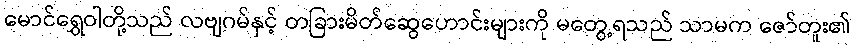
မောင်ရွှေဝါတို့သည် လဗျဂမ်နှင့် တခြားမိတ်ဆွေဟောင်းများကို မတွေ့ရသည် သာမက ဇော်တူး၏